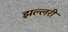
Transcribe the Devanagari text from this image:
झल्लरी